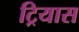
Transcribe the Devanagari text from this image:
ट्रियास